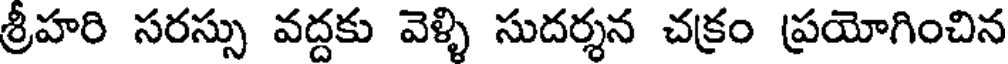
శ్రీహరి సరస్సు వద్దకు వెళ్ళి సుదర్శన చక్రం ప్రయోగించిన